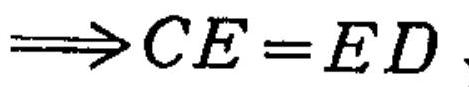
\(\Longrightarrow CE = ED\)